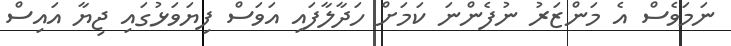
ނަމަވެސް އެ މަންޒަރު ނުފެންނަ ކަމަށް ހަދާލާފައި އަވަސް ފިޔަވަޅުގައި ޖިޔާ އައިސް